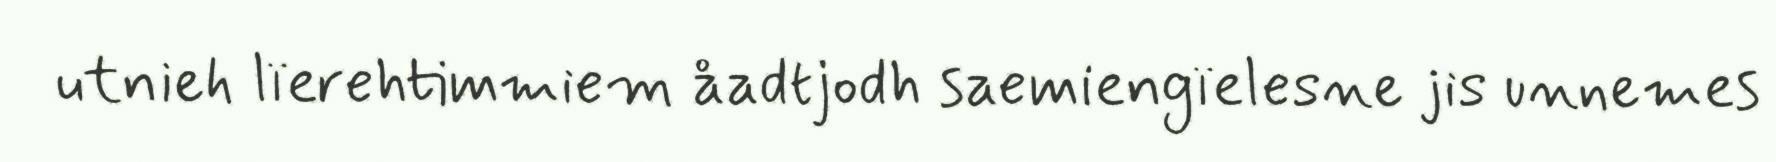
utnieh lïerehtimmiem åadtjodh saemiengïelesne jis unnemes